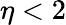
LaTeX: \eta<2